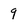
Character: 9